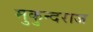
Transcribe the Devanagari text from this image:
मुकुन्दराज